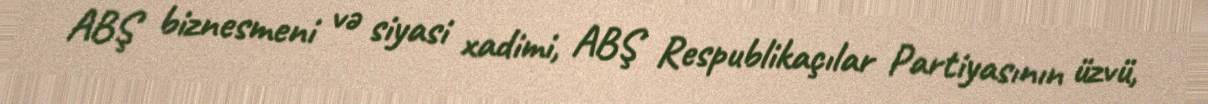
ABŞ biznesmeni və siyasi xadimi, ABŞ Respublikaçılar Partiyasının üzvü,